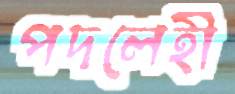
পদলেহী